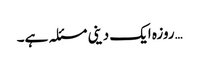
…روزہ ایک دینی مسئلہ ہے۔